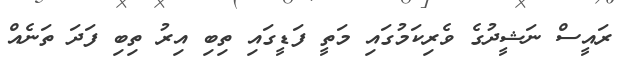
ރައީސް ނަޝީދުގެ ވެރިކަމުގައި މަތީ ފަޑީގައި ތިބި އިރު ތިބި ފަދަ ތަނެއް